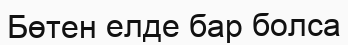
Бөтен елде бар болса